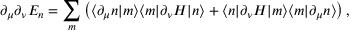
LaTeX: \partial _ { \mu } \partial _ { \nu } E _ { n } = \sum _ { m } \left( \langle \partial _ { \mu } n | m \rangle \langle m | \partial _ { \nu } H | n \rangle + \langle n | \partial _ { \nu } H | m \rangle \langle m | \partial _ { \mu } n \rangle \right) ,